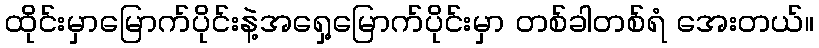
ထိုင်းမှာမြောက်ပိုင်းနဲ့အရှေ့မြောက်ပိုင်းမှာ တစ်ခါတစ်ရံ အေးတယ်။